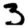
Digit: 3